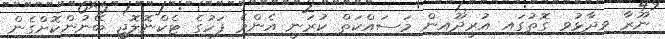
ނޫރާ ވިދާޅުވި ގޮތުގައި އުރީދޫއިން މަސައްކަތް ކުރަނީ އެންމެ ފަހުގެ ޓެކްނޮލޮޖީ ބޭނުންކޮށްގެން